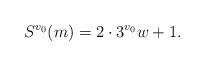
LaTeX: \begin{align*}S^{v_0}(m) = 2 \cdot 3^{v_0} w +1. \end{align*}